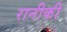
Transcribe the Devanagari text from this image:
रानीकी